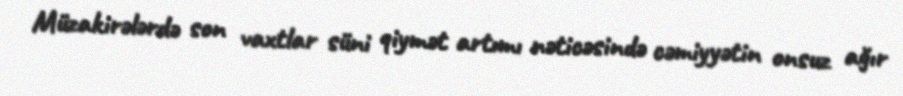
Müzakirələrdə son vaxtlar süni qiymət artımı nəticəsində cəmiyyətin onsuz ağır